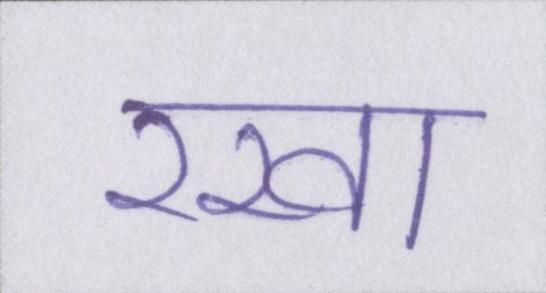
रखा